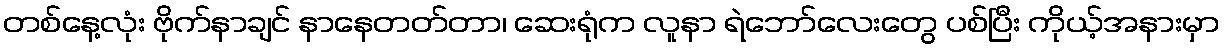
တစ်နေ့လုံး ဗိုက်နာချင် နာနေတတ်တာ၊ ဆေးရုံက လူနာ ရဲဘော်လေးတွေ ပစ်ပြီး ကိုယ့်အနားမှာ